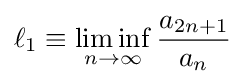
\ell _{1}\equiv \liminf _{n\rightarrow \infty }{\frac {a_{2n+1}}{a_{n}}}